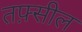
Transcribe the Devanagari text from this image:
तफ़्सील